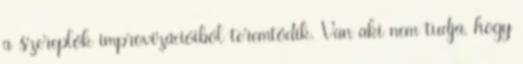
a szereplők improvizációiból teremtődik. Van aki nem tudja, hogy